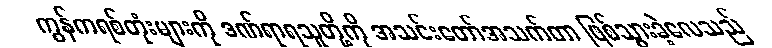
ကွန်ကရစ်တုံးများကို ဒဏ်ရာရသူတို့ကို အသင်းတော်အသက်တာ ဖြစ်သွားခဲ့လေသည်